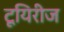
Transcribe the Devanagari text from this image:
टूयिरीज